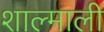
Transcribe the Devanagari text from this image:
शाल्माली